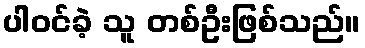
ပါဝင်ခဲ့ သူ တစ်ဦးဖြစ်သည်။